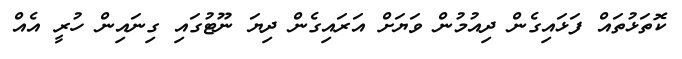
ކޮތަޅުތައް ފަޅައިގެން ދިއުމުން ވަޔަށް އަރައިގެން ދިޔަ ނޫޓުގައި ގިނައިން ހުރީ އެއް